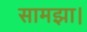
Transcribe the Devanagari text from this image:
सामझा।